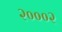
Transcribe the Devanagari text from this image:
२०००२